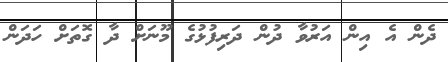
ދެން އެ އިން އަރުވާ ދުން ދަރިފުޅުގެ މޫނަށް ދާ ގޮތަށް ހަދަން